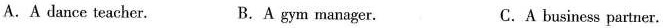
A.A dance teacher. B.A gym manager. C.A business partner.